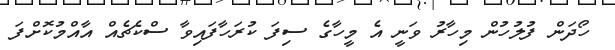
ހޯދަން ފުލުހުން މިހާރު ވަނީ އެ މީހާގެ ސިފަ ކުރަހާފައިވާ ސްކެޗެއް އާއްމުކޮށްފަ